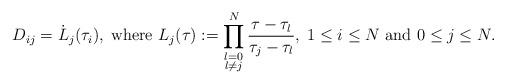
LaTeX: \begin{align*}D_{ij} = \dot{L}_j (\tau_i), \;\mbox{where }L_j (\tau) := \prod^{N}_{\substack{l=0\\l\neq j}}\frac{\tau-\tau_l}{\tau_j-\tau_l}, \;1 \le i \le N \mbox{ and } 0 \le j \le N.\end{align*}